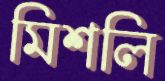
মিশলি